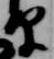
原